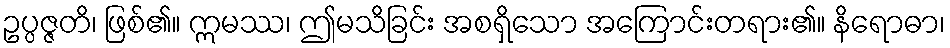
ဥပ္ပဇ္ဇတိ၊ ဖြစ်၏။ ဣမဿ၊ ဤမသိခြင်း အစရှိသော အကြောင်းတရား၏။ နိရောဓာ၊